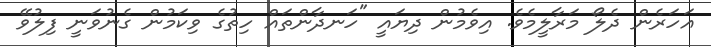
އަހަރެން ދެލޯ މަރާލީމެވެ. އިވެމުން ދިޔައީ "ހަނދާންތައް ހިތުގެ ވިކަމުން ގެނުވަނީ ފިލުވޭ